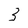
Character: 3